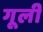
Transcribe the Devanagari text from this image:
गूली